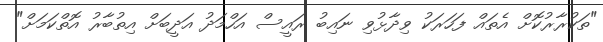
"ތަކުރާރުކޮށް އެތައް ފަހަރަކު ވިދާޅުވި ނައިބު ރައީސް އަހްމަދު އަދީބަށް އިތުބާރު އޮތްކަމަށް"